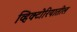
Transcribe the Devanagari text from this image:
व्हिक्टोरियातील